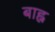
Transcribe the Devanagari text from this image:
बाह्न